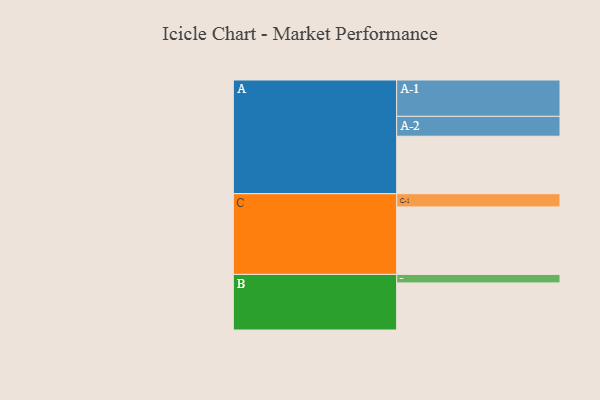
{"axis": {"x": "Segment", "y": "Value"}, "legend": ["", "A", "B", "C"], "data": [{"x": "A", "y": 460, "type": ""}, {"x": "B", "y": 377, "type": ""}, {"x": "C", "y": 540, "type": ""}, {"x": "A-1", "y": 291, "type": "A"}, {"x": "A-2", "y": 159, "type": "A"}, {"x": "B-1", "y": 68, "type": "B"}, {"x": "C-1", "y": 106, "type": "C"}]}